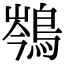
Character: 𪁏